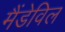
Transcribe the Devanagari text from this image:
मैंडेविल